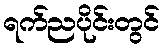
ရက်ညပိုင်းတွင်